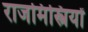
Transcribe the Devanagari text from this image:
राजमिस्त्रियों